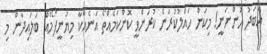
އަބަދު ހުންނަނީ! މިކަން ހައްލުކުރަން ކުރަންވީ ކޮންކަމެއްތޯ އަނެއްކާ މިޔުނީފޯމެއް ބަލައިދާން މި